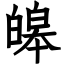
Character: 皞